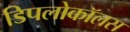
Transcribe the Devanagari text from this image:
डिपलोकॉलस